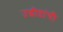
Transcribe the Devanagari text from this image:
उद्धीष्टांची